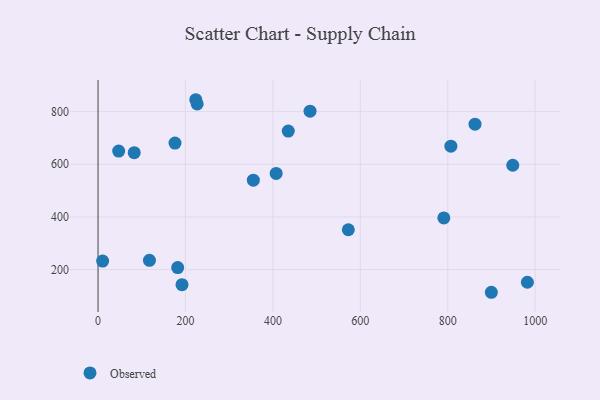
{"axis": {"x": "Study Hours", "y": "Sales"}, "legend": ["Observed"], "data": [{"x": "10.5", "y": 232.4, "type": "Observed"}, {"x": "948.8", "y": 596.4, "type": "Observed"}, {"x": "982.2", "y": 151.9, "type": "Observed"}, {"x": "572.6", "y": 351.3, "type": "Observed"}, {"x": "791.1", "y": 396.3, "type": "Observed"}, {"x": "117.6", "y": 235.3, "type": "Observed"}, {"x": "435.2", "y": 726.3, "type": "Observed"}, {"x": "485.0", "y": 801.6, "type": "Observed"}, {"x": "899.8", "y": 113.9, "type": "Observed"}, {"x": "407.5", "y": 565.4, "type": "Observed"}, {"x": "176.1", "y": 680.4, "type": "Observed"}, {"x": "192.1", "y": 142.6, "type": "Observed"}, {"x": "355.3", "y": 539.7, "type": "Observed"}, {"x": "223.6", "y": 845.2, "type": "Observed"}, {"x": "82.8", "y": 644.0, "type": "Observed"}, {"x": "807.2", "y": 668.8, "type": "Observed"}, {"x": "862.4", "y": 752.2, "type": "Observed"}, {"x": "47.2", "y": 650.3, "type": "Observed"}, {"x": "226.8", "y": 829.3, "type": "Observed"}, {"x": "182.2", "y": 207.6, "type": "Observed"}]}